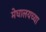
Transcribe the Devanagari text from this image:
मेघालयच्या